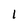
Character: 1